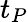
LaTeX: t_{P}